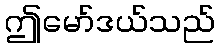
ဤမော်ဒယ်သည်